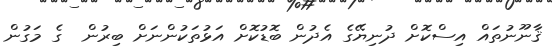
ޤާނޫނުތައް އިސްކޮށް ދުނިޔޭގެ އެދުން ބޮޑުކޮށް އަޅުތަކުންނަށް ބިރުން  ގެ މަގުން